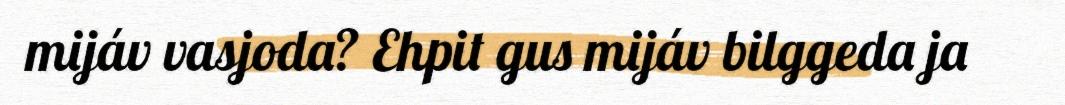
mijáv vasjoda? Ehpit gus mijáv bilggeda ja